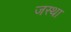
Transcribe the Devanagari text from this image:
जस्था